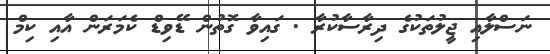
ނަސްލާއި ޖީލުތަކުގެ ދިރާސާކުރާ . ގައިވާ ގޮތުން ޑޭވިޑް ކެމަރަން އާއި ކިމް